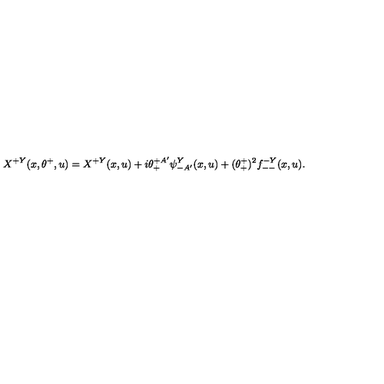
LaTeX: X ^ { + Y } ( x , \theta ^ { + } , u ) = X ^ { + Y } ( x , u ) + i \theta _ { + } ^ { + A ^ { \prime } } \psi _ { - A ^ { \prime } } ^ { Y } ( x , u ) + ( \theta _ { + } ^ { + } ) ^ { 2 } f _ { -- } ^ { - Y } ( x , u ) .